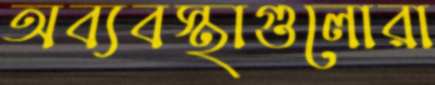
অব্যবস্থাগুলোরা